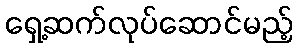
ရှေ့ဆက်လုပ်ဆောင်မည့်